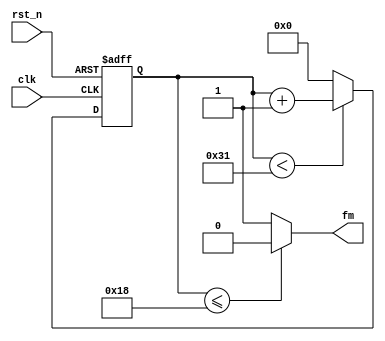
//

module fp(
	fm,
	clk,
	rst_n
);

input clk;		//clock signal , 50MHz
input rst_n;	//reset signal , active low
output fm;		//beeper , gate signal low -> active , gate signal high -> not active

reg[5:0] cnt;	//counter , count to 50, the first 0~25 : low , the last 26-50 : high -> form a square wave

always @ (posedge clk or negedge rst_n)
begin	
	if(!rst_n)	cnt <= 6'd0;
	else if	(cnt < 6'd49)	cnt <= cnt + 1'b1;
	else cnt <= 6'd0;
end

//the clock form a square signal, the 0~24 -> low   , the 25-50 -> high
assign fm = (cnt <= 6'd24) ? 1'b0 : 1'b1;


endmodule